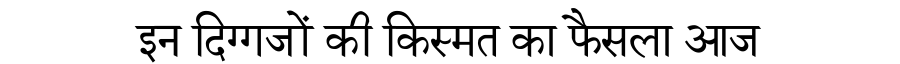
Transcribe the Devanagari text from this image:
इन दिग्गजों की किस्मत का फैसला आज